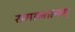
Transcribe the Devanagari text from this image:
रामावतानम्‌